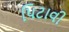
પિટાવી